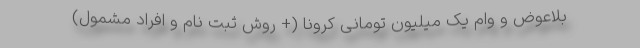
بلاعوض و وام یک میلیون تومانی کرونا (+ روش ثبت نام و افراد مشمول)